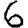
Digit: 6